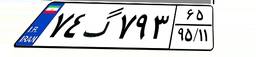
۷۴گ۷۹۳۶۵